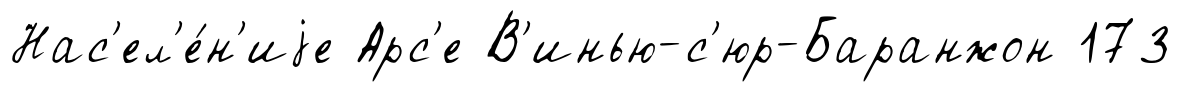
Нас'ел'е́н'иjе Арс'е В'инью-с'юр-Баранжон 173